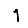
Digit: 1